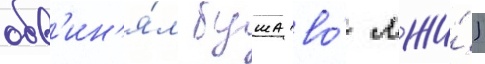
обв'ин'я́л буша во́ лжи́)